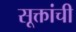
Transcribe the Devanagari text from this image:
सूक्तांची